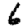
Digit: 6